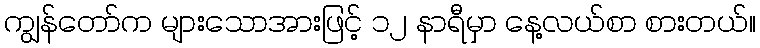
ကျွန်တော်က များသောအားဖြင့် ၁၂ နာရီမှာ နေ့လယ်စာ စားတယ်။